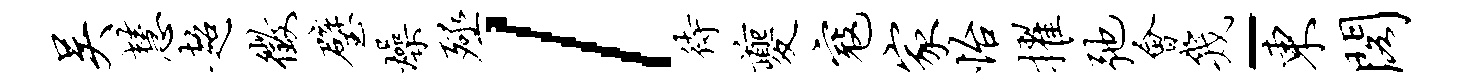
吴慧超征璧燥殛l待夔寇家怡擢弛会几-东阁